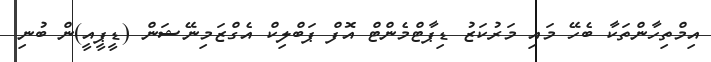
އިމްތިހާންތަކާ ބެހޭ މައި މަރުކަޒު ޑިޕާޓްމެންޓް އޮފް ޕަބްލިކް އެގްޒަމިނޭޝަން (ޑީޕީއީ)ން ބުނި